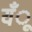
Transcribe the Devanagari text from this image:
यँू